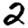
Digit: 2